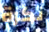
نكرة